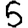
Digit: 5